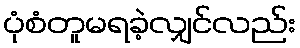
ပုံစံတူမရခဲ့လျှင်လည်း